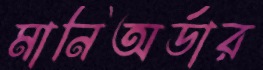
মানিঅর্ডার